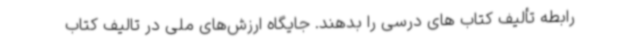
رابطه تألیف کتاب های درسی را بدهند. جایگاه ارزش‌های ملی در تالیف کتاب